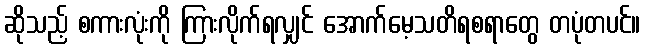
ဆိုသည့် စကားလုံးကို ကြားလိုက်ရလျှင် အောက်မေ့သတိရစရာတွေ တပုံတပင်။